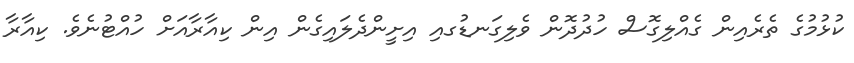
ކުޅުމުގެ ތެރެއިން ގެއްލިގޮސް ހުދުދޮން ވެލިގަނޑުގއި އިށީންދެލައިގެން އިން ކިއާރާއަށް ހުއްޓުނެވެ. ކިއާރާ